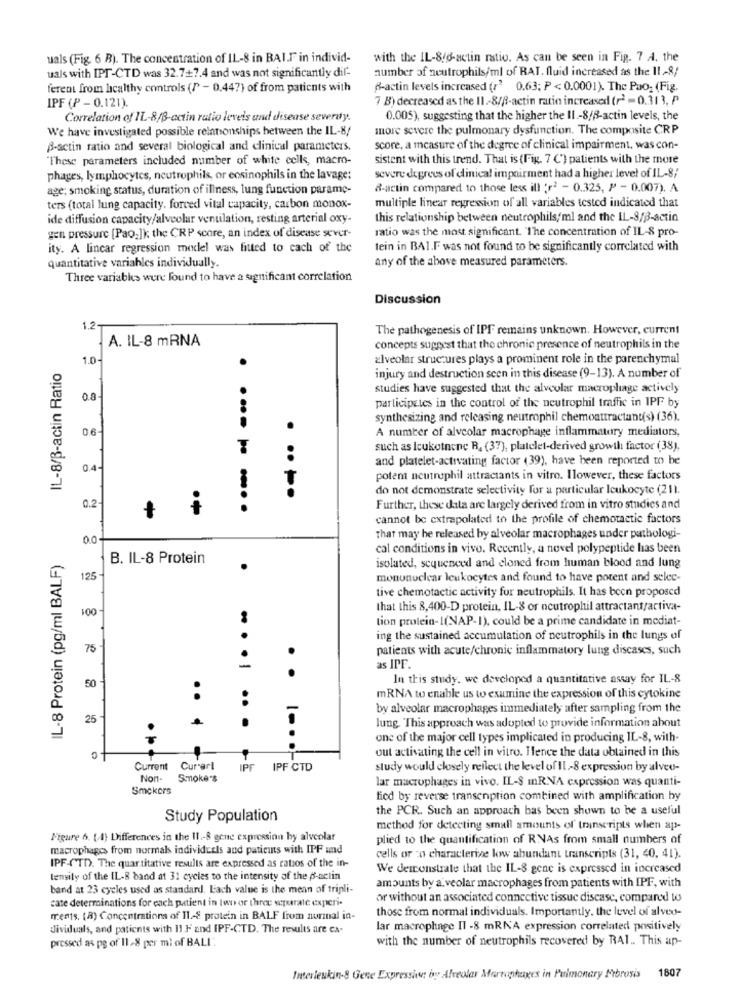
uals (Fig. 6 B). The concentration of IL-8 in BAI.F in individ-
with the IL-8/6-actin ratio. As can be seen in Fig. 7 A. the
number of neutrophils/ml of RAT, fluid increased as the 11 -8/
uals with IPT-CTD was 32.7+7.4 and was not significantly dif-
ferent from healthy controls (/ - 0.44?) of from patients with
B-actin levels increased (r' 0.63; P < 0.0001). The Pao: (Fig.
7 B) decreased as the 11 .- 8/A-actin ratio increased (r) = 0.313, P
IPF (P - 0.121).
Correlation of IL-8/B-actin ratio levels and disease severdy.
0.005), suggesting that the higher the II -8/8-actin levels, the
We have investigated possible relationships between the IL-8/
more severe the pulmonary dysfunction. The composite CRP
B-actin ratio and several biological and clinical parameters.
score, a measure of the degree of clinical impairment, was con-
These parameters included number of white cells, macro-
sistent with this trend. That is (Fig. 7 C') patients with the more
phages, lymphocytes, neutrophils, or eosinophils in the lavage:
severe degrees of clinical impairment had a higher level of IL-8/
age; smoking status, duration of illness, lung function parame-
&-actin compared to those less ill 's2 - 0.325, P - 0.007). A
multiple linear regression of all variables tested indicated that
ters (total lung capacity. forced vital capacity, carbon monox-
ide diffusion capacity/alveolar ventilation, resting arterial oxy-
this relationship between neutrophils/ml and the IL-3/33-actin
ratio was the most significant. The concentration of IL-S pro-
gen pressure [Pao-]k the CRP score, an index of disease sever-
ity. A lincar regression model was fitted to cach of the
tein in BAI.F was not found to be significantly correlated with
quantitative variables individually.
any of the above measured parameters.
Three variabks were found to have a significant correlation
Discussion
1.2
The pathogenesis of IPF remains unknown. However, current
A. IL-8 mRNA
concepts suggest that the chronic presence of neutrophils in the
1.0-
alveolar structures plays a prominent role in the parenchymal
IL-8/B-actin Ratio
injury and destruction seen in this disease (9-13). A number of
studies have suggested that the alveolar macrophage actively
0.8
participates in the control of the neutrophil traffic in IPF by
synthesizing and releasing neutrophil chemoattractant(s) (36).
0.6-
A number of alveolar macrophage inflammatory mediators,
such as Icuketnene R, (37), platelet-derived growth factor (38),
and platelet-activating factor (39), have been reported to be
0.4-
potem neutrophil attractants in vitro. Ilowever, these factors
do not demonstrate selectivity for a particular leukocyte (211.
.....
0.2
. ... .....
Further, these data are largely derived from in vitro studies and
+
cannot be extrapolated to the profile of chemotactic factors
00-
that may be released by alveolar macrophages under pathologi-
cal conditions in vivo. Recently, a novel polypeptide has been
IL-8 Protein (pg/ml BALF)
B. IL-8 Protein
.
isolated, sequenced and cloned from human blood and lung
125
monunuclear leukocytes and found to have potent and selec-
tive chemotactic activity for neutrophils. It has been proposed
100-
that this 8,400-D protein, IL-8 or neutrophil attractant/activa-
tion protein-I(NAP-1), could be a prime candidate in mediat-
ing the sustained accumulation of neutrophils in the lungs of
75
patients with acute/chronic inflammatory lung diseases, such
as IPF.
.
In this study, we developed a quantitative assay for IL-8
50
mRNA to enable us to examine the expression of this cytokine
by alveolar macrophages immediately after sampling from the
25
... ..
lung. This approach was adopted to provide information about
one of the major cell types implicated in producing IL-8, with-
out activating the cell in vitro. Hence the data obtained in this
Current Curarl
IPF IPF CTD
study would closely reflect the level of Il-8 expression by alveo-
Non-
Smoke's
lar macrophages in vivo. IL-S IRNA expression was quanti-
Smokers
fied by reverse transenption combined with amplification by
the PCR. Such an approach bas been shown to be a useful
Study Population
method for detecting small amounts of' transcripts when ap-
Figure 6. ( 4) Differences in the 11 .- 8 gene expression by alveolar
plied to the quantification of RNAs from small numbers of
macrophages from normals individuels and patients with IPF and
cells or co characterize low abundant transcripts (31, 40, 41).
IPF-CTD. The quar titative results are expressed as ratios of the in-
We demonstrate that the IL-8 gene is expressed in increased
tensily of the IL-B band at 31 cycles to the intensity of the p-actin
amounts by a veolar macrophages from patients with IPF, with
band at 23 cycles used as standard. Lach value is the mean of tripli-
cate determinations for each patient in two or three separate experi-
or without an associated connective tissue discase, compared to
those from normal individuals. Importantly, the level of alveo-
ments. (8) Concentrations of 11-8 protein in BALF from nurmal in-
dividuals, and patients with 11 F and IPF-CTD. The results are ca-
lar macrophage Il -8 mRNA expression correlated positively
with the number of neutrophils recovered by RAI .. This ap-
pressed as pg of 11-8 per mi of BALI
Interleukin-8 Gene Expression by Alveolar Marraphages in Pulmonary Fibrosis 1807